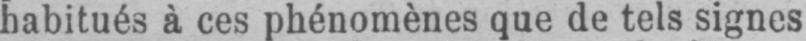
habitués à ces phénomènes que de tels signes